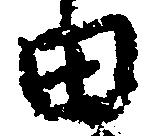
田